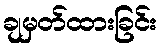
ချမှတ်ထားခြင်း